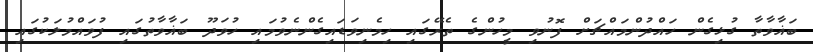
ބަޣާވާތާ ގުޅިގެން ހައްދުންމައްޗަށް ފޮނުވި މީހުންގެ ތެރޭގައި ހިމެނިވަޑައިގެންނެވުމައި ހުވަދޫ ބަޣާވާތުގައި ފުވައްމުލަކުގައި